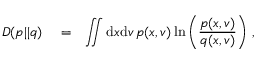
\begin{array} { r l r } { D ( p | | q ) } & { { } = } & { \displaystyle \iint \mathrm d x \mathrm d v \, p ( x , v ) \ln \left( \frac { p ( x , v ) } { q ( x , v ) } \right) \, , } \end{array}